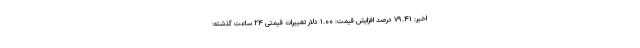
اخیر: ۷۹.۴۱ درصد افزایش قیمت: ۱.۰۰ دلار تغییرات قیمتی ۲۴ ساعت گذشته: